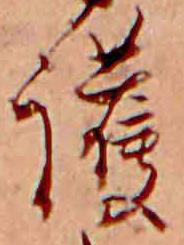
護